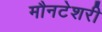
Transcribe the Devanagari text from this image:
मौनटेशरी